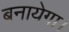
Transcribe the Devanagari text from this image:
बनायेगा।